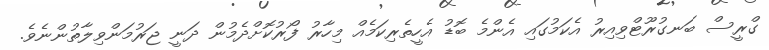
ގްރީސް ބަނގުރޫޓްވިއިރު އެކަމުގައި އެންމެ ބޮޑު އެހީތެރިކަމެއް މިހާރު ފޯރުކޮށްދެމުން ދަނީ ޖަރުމަންވިލާތުންނެވެ.